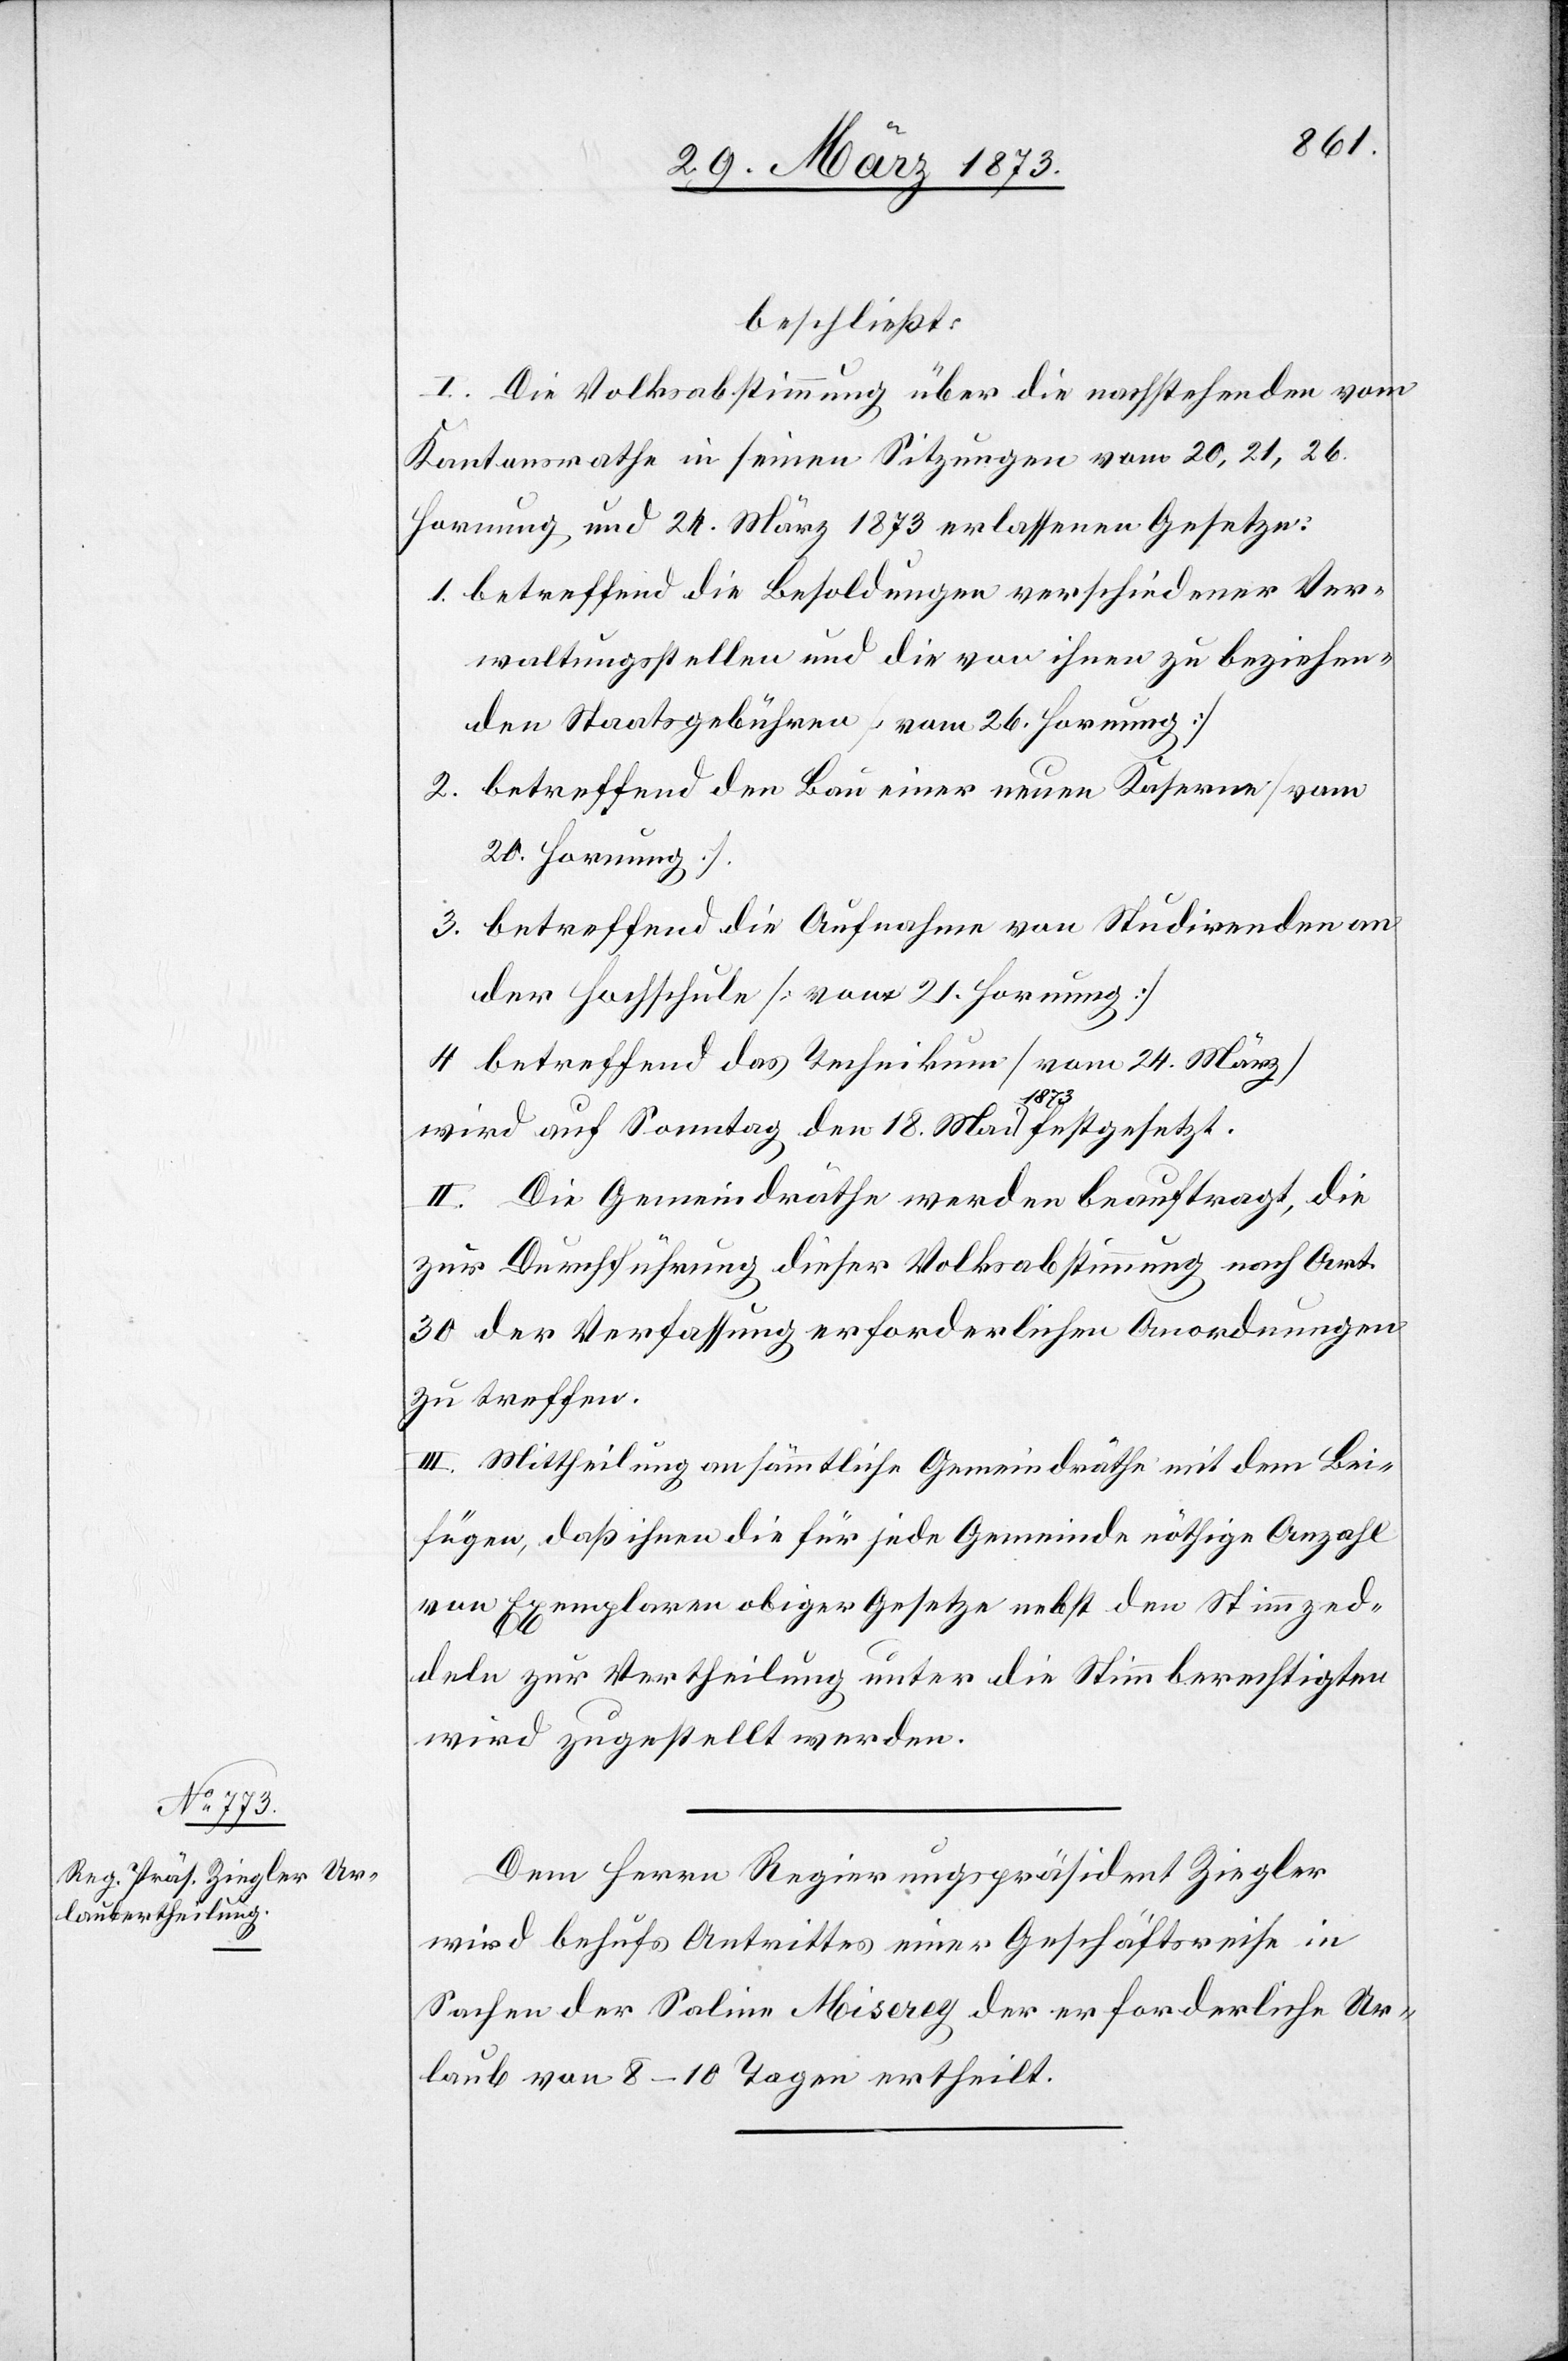
beschließt:
I. Die Volksabstimmung über die nachstehenden vom
Kantonsrathe in seinen Sitzungen vom 20, 21, 26.
Hornung und 24. März 1873 erlassenen Gesetze:
1. betreffend die Besoldungen verschiedener Ver¬
waltungsstellen und die von ihnen zu beziehen¬
den Staatsgebühren [vom 26. Hornung]
2. betreffend den Bau einer neuen Kaserne [vom
20. Hornung]
3. betreffend die Aufnahme von Studirenden an
der Hochschule [vom 21. Hornung]
4. betreffend das Technikum [vom 24. März]
wird auf Samstag den 18. Mai 1873 festgesetzt.
II. Die Gemeindräthe werden beauftragt, die
zur Durchführung dieser Volksabstimmung nach Art.
30 der Verfassung erforderlichen Anordnungen
zu treffen.
III. Mittheilung an sämmtliche Gemeindräthe mit dem Bei¬
fügen, daß ihnen die für jede Gemeinde nöthige Anzahl
von Exemplaren obiger Gesetze nebst den Stimmzed¬
deln zur Vertheilung unter die Stimmberechtigten
wird zugestellt werden.
Dem Herrn Regierungspräsident Ziegler
wird behufs Antrittes einer Geschäftsreise in
Sachen der Saline Misereg der erforderliche Ur¬
laub von 8–10 Tagen ertheilt.